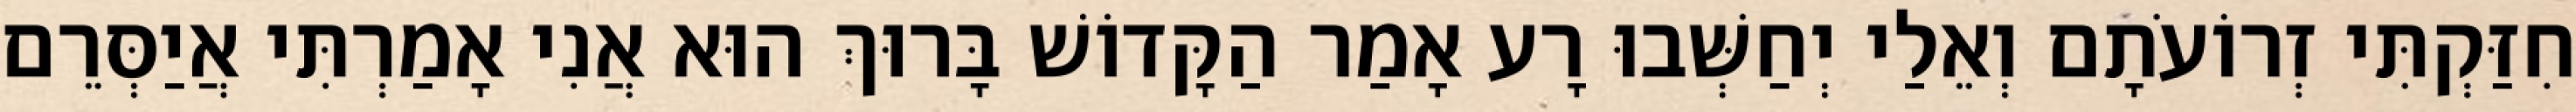
חִזַּקְתִּי זְרוֹעֹתָם וְאֵלַי יְחַשְּׁבוּ רָע אָמַר הַקָּדוֹשׁ בָּרוּךְ הוּא אֲנִי אָמַרְתִּי אֲיַסְּרֵם